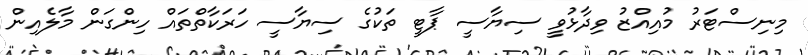
މިނިސްޓަރު މުއިއްޒު ވިދާޅުވީ ސިޔާސީ ޕާޓީ ތަކުގެ ސިޔާސީ ހަރަކާތްތައް ހިންގަން މާލެއިން